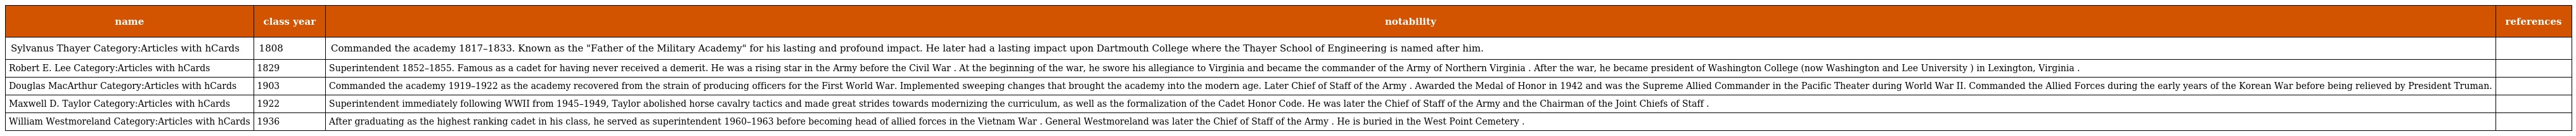
| name | class year | notability | references |
 | --- | --- | --- | --- |
 | Sylvanus Thayer Category:Articles with hCards | 1808 | Commanded the academy 1817–1833. Known as the "Father of the Military Academy" for his lasting and profound impact. He later had a lasting impact upon Dartmouth College where the Thayer School of Engineering is named after him. |  |
 | Robert E. Lee Category:Articles with hCards | 1829 | Superintendent 1852–1855. Famous as a cadet for having never received a demerit. He was a rising star in the Army before the Civil War . At the beginning of the war, he swore his allegiance to Virginia and became the commander of the Army of Northern Virginia . After the war, he became president of Washington College (now Washington and Lee University ) in Lexington, Virginia . |  |
 | Douglas MacArthur Category:Articles with hCards | 1903 | Commanded the academy 1919–1922 as the academy recovered from the strain of producing officers for the First World War. Implemented sweeping changes that brought the academy into the modern age. Later Chief of Staff of the Army . Awarded the Medal of Honor in 1942 and was the Supreme Allied Commander in the Pacific Theater during World War II. Commanded the Allied Forces during the early years of the Korean War before being relieved by President Truman. |  |
 | Maxwell D. Taylor Category:Articles with hCards | 1922 | Superintendent immediately following WWII from 1945–1949, Taylor abolished horse cavalry tactics and made great strides towards modernizing the curriculum, as well as the formalization of the Cadet Honor Code. He was later the Chief of Staff of the Army and the Chairman of the Joint Chiefs of Staff . |  |
 | William Westmoreland Category:Articles with hCards | 1936 | After graduating as the highest ranking cadet in his class, he served as superintendent 1960–1963 before becoming head of allied forces in the Vietnam War . General Westmoreland was later the Chief of Staff of the Army . He is buried in the West Point Cemetery . |  |